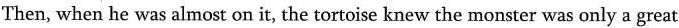
Then, when he was almost on it, the tortoise knew the monster was only a great